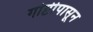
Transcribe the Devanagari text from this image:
गोष्टीपासून